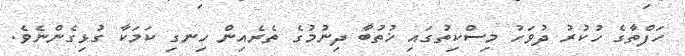
ހަފްތާގެ ހުކުރު ދުވަހު މިސްކިތުގައި ޚުތުބާ ދިނުމުގެ ތެރެއިން ހިނގި ކަމަކާ ގުޅިގެންނެވެ.